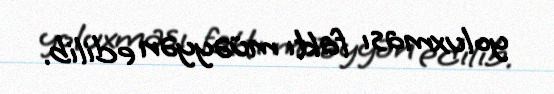
yoluxması faktı müəyyən edilib.